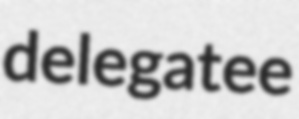
delegatee